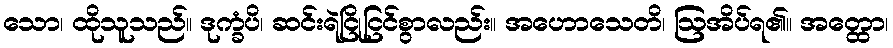
သော၊ ထိုသူသည်။ ဒုက္ခံပိ၊ ဆင်းရဲငြိုငြင်စွာလည်း။ အဟောသေတိ၊ ဩအိပ်ရ၏။ အတ္ထော၊